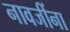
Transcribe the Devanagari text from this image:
नावजींना